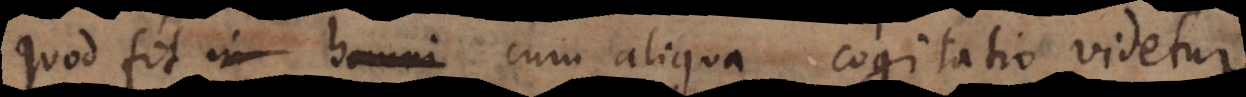
quod fit in homini cum aliqua cogitatio videtur